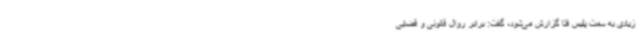
زیادی به سمت پلیس فتا گزارش می‌شود، گفت: برابر روال قانونی و قضایی